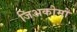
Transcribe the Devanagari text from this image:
जिअकोमो